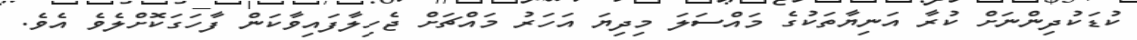
ކުޑަކުދިންނަށް ކުރާ އަނިޔާތަކުގެ މައްސަލަ މިދިޔަ އަހަރު މައްޗަށް ޖެހިލާފައިވާކަން ފާހަގަކޮށްލެވެ އެވެ.